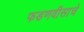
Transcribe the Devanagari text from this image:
फडणवीसाचे